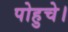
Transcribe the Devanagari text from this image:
पोहुचे।